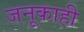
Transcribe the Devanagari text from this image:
जनूकाही